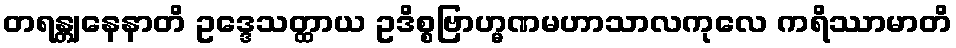
တရန္တျနေနာတိ ဥဒ္ဒေသတ္ထာယ ဥဒိစ္စဗြာဟ္မဏမဟာသာလကုလေ ကရိဿာမာတိ